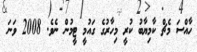
ހާއްސަ މެޗް ކާމިޔާބު ކުރީ މިހާރުގެ ގައުމީ ޓީމުން ނެވެ. 2008 ވަނަ